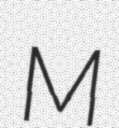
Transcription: M